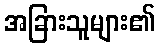
အခြားသူများ၏